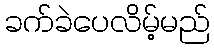
ခက်ခဲပေလိမ့်မည်